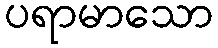
ပရာမာသော